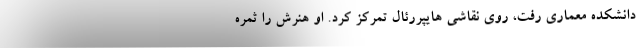
دانشکده معماری رفت، روی نقاشی هایپررئال تمرکز کرد. او هنرش را ثمره